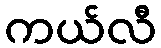
ကယ်လီ